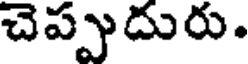
చెప్పుదురు.